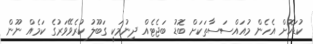
ކުޑަކޮށް އެހެން މުއައްސަސާތަކަށް ބޮޑު ބަޖެޓެއް ދިނުމަކީ ގަބޫލު ކުރެވޭވަރުގެ ކަމެއް ނޫން